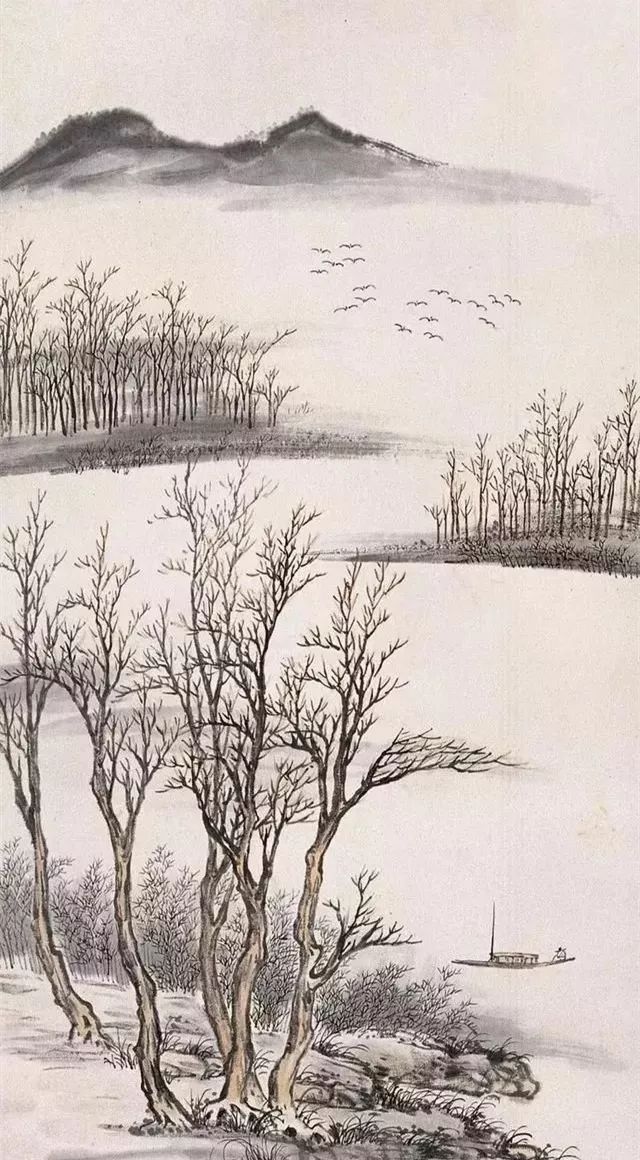
故人一去无期约。尺书忽寄西飞鹤。